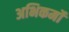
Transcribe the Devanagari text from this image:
अभिकर्मो